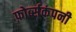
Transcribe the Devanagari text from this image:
फ़ोर्ब्सकंपनी